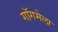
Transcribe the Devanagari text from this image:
गॉगमेला